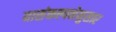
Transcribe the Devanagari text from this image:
यासंकल्पनेनुसार